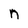
Character: n